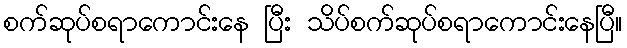
စက်ဆုပ်စရာကောင်းနေ ပြီး သိပ်စက်ဆုပ်စရာကောင်းနေပြီ။